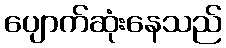
ပျောက်ဆုံးနေသည်